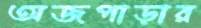
অজপাড়ার